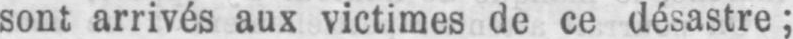
sont arrivés aux victimes de ce désastre;